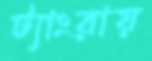
ট্যাংরায়